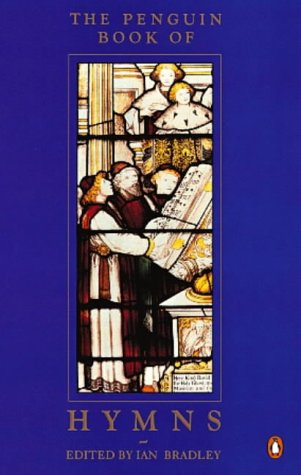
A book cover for The Penguin Book of Hymns; Travel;